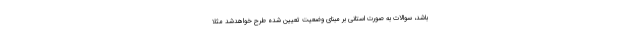
باشد، سوالات به صورت استانی بر مبنای وضعیت تعیین شده طرح خواهدشد مثلا